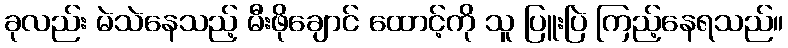
ခုလည်း မဲသဲနေသည့် မီးဖိုချောင် ထောင့်ကို သူ ပြူးပြဲ ကြည့်နေရသည်။